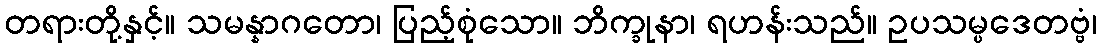
တရားတို့နှင့်။ သမန္နာဂတော၊ ပြည့်စုံသော။ ဘိက္ခုနာ၊ ရဟန်းသည်။ ဥပသမ္ပဒေတဗ္ဗံ၊